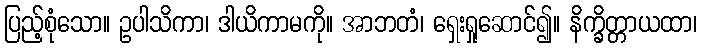
ပြည့်စုံသော။ ဥပါသိကာ၊ ဒါယိကာမကို။ အာဘတံ၊ ရှေးရှုဆောင်၍။ နိက္ခိတ္တာယထာ၊